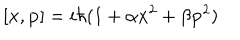
LaTeX: [ { \bf { x } } , { \bf { p } } ] = i \hbar ( 1 + \alpha { \bf { x } } ^ { 2 } + \beta { \bf { p } } ^ { 2 } )